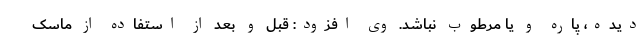
دیده، پاره و یا مرطوب نباشد. وی افزود: قبل و بعد از استفاده از ماسک